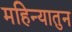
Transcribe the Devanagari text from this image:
महिन्यातुन